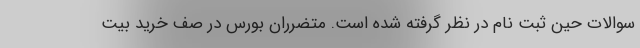
سوالات حین ثبت نام در نظر گرفته شده است. متضرران بورس در صف خرید بیت